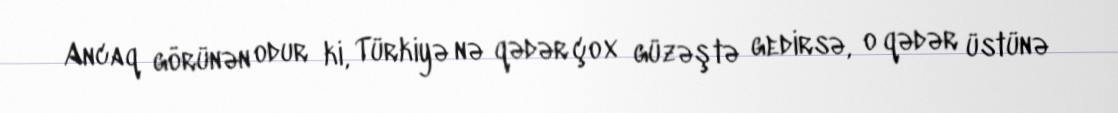
Ancaq görünən odur ki, Türkiyə nə qədər çox güzəştə gedirsə, o qədər üstünə